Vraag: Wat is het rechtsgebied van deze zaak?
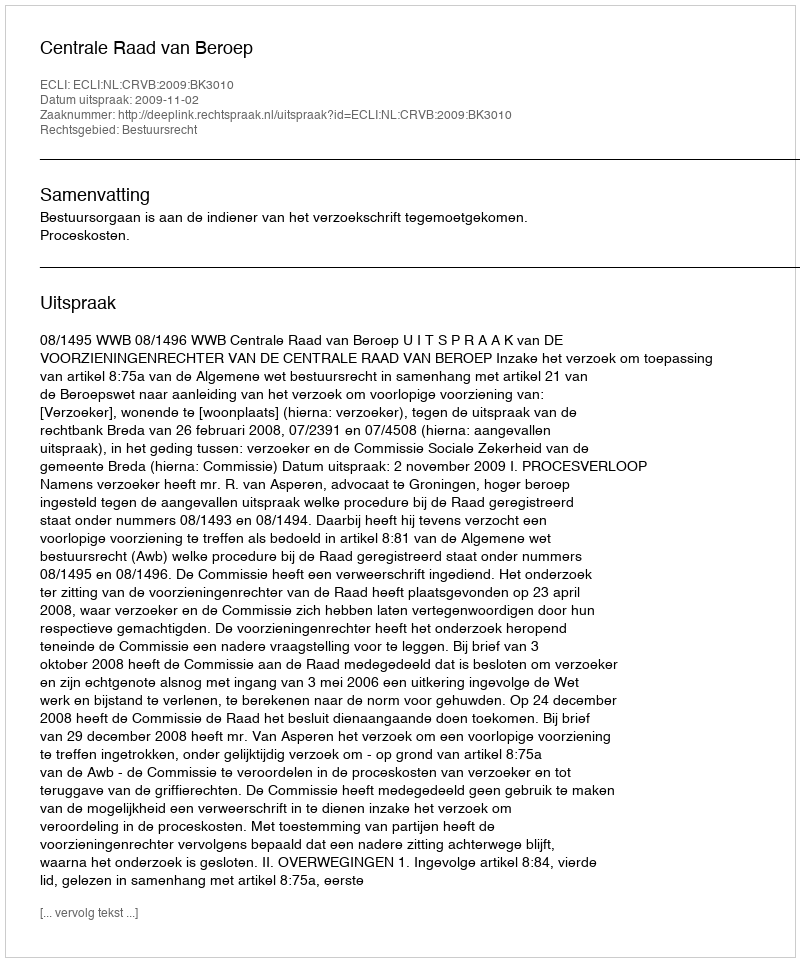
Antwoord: Bestuursrecht